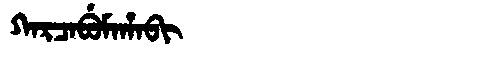
Manchu: ᡴᠠᡵᠴᠠᠪᡠᠮᠠᡥᠠᠪᡳ
Romanization: KARCABUMAHABI